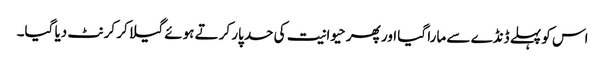
اس کو پہلے ڈنڈے سے مارا گیا اور پھر حیوانیت کی حد پار کرتے ہوئے گیلا کر کرنٹ دیا گیا۔